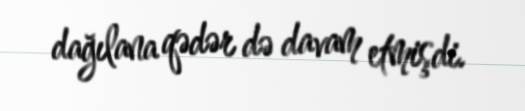
dağılana qədər də davam etmişdi.